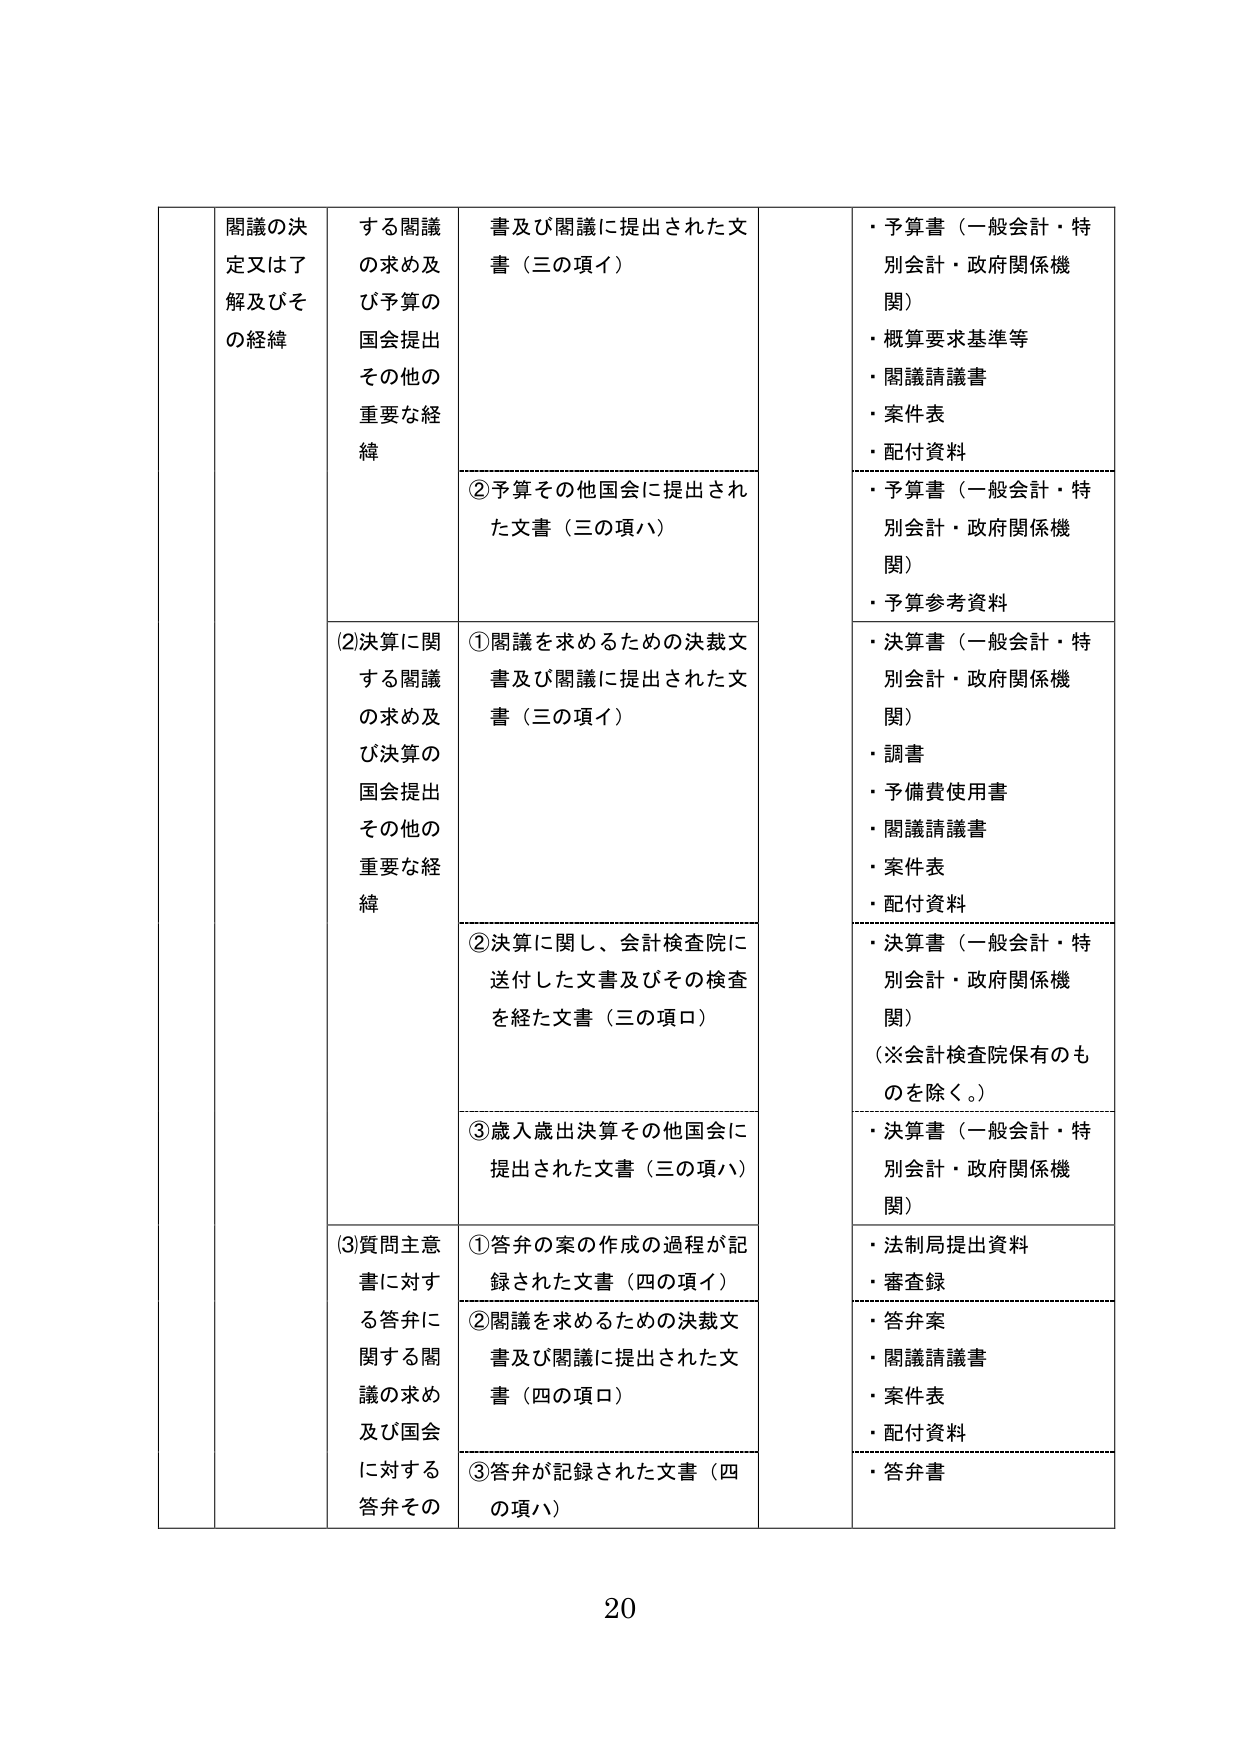
閲議の決定又は了解及びその経緯
する閲議の求め及び予算の国会提出その他の重要な経緯
書及び閲議に提出された文書（三の項イ）
・予算書（一般会計・特別会計・政府関係機関）
・概算要求基準等
・閲議請議書
・案件表
・配付資料
②予算その他国会に提出された文書（三の項ハ）
・予算書（一般会計・特別会計・政府関係機関）
・予算参考資料
(2)決算に関する閲議の求め及び決算の国会提出その他の重要な経緯
①閲議を求めるための決裁文書及び閲議に提出された文書（三の項イ）
・決算書（一般会計・特別会計・政府関係機関）
・調書
・予備費使用書
・閲議請議書
・案件表
・配付資料
②決算に関し、会計検査院に送付した文書及びその検査を経た文書（三の項ロ）
・決算書（一般会計・特別会計・政府関係機関）
（※会計検査院保有のものを除く。）
③歳入歳出決算その他国会に提出された文書（三の項ハ）
・決算書（一般会計・特別会計・政府関係機関）
(3)質問主意書に対する答弁に関する閲議の求め及び国会に対する答弁その
①答弁の案の作成の過程が記録された文書（四の項イ）
・法制局提出資料
・審査録
②閲議を求めるための決裁文書及び閲議に提出された文書（四の項ロ）
・答弁案
・閲議請議書
・案件表
・配付資料
③答弁が記録された文書（四の項ハ）
・答弁書
20